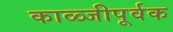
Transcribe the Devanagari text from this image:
काळ्जीपूर्वक